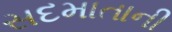
સદમાતાની